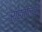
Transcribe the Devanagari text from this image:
राहतीलही